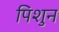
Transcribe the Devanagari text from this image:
पिशुन